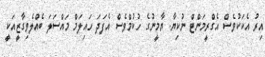
އިރު އެކަކުވެސް އެގްރީމަންޓް ނުކިޔާ. ޔާމީނުގެ ހުކުމްވެސް އެފަދަ ހައިލަމް މައްސަލަ ބެއްލެވިގާޒީއަކީ